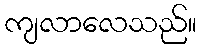
ကျလာလေသည်။